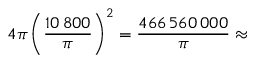
4 \pi \left( { \frac { 1 0 \, 8 0 0 } { \pi } } \right) ^ { 2 } = { \frac { 4 6 6 \, 5 6 0 \, 0 0 0 } { \pi } } \approx